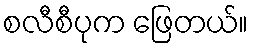
စလီစီပုက ဖြေတယ်။